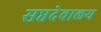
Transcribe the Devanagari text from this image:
सप्तदेवालय